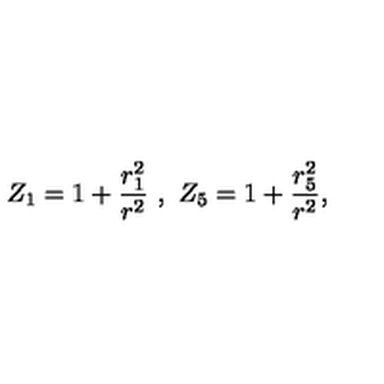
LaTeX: Z _ { 1 } = 1 + \frac { r _ { 1 } ^ { 2 } } { r ^ { 2 } } \ , \ Z _ { 5 } = 1 + \frac { r _ { 5 } ^ { 2 } } { r ^ { 2 } } ,